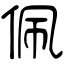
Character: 佩